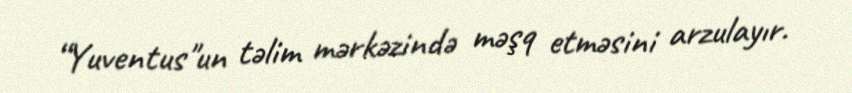
“Yuventus"un təlim mərkəzində məşq etməsini arzulayır.